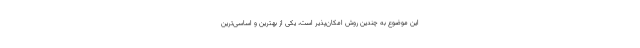
این موضوع به چندین روش‌ امکان‌پذیر است، یکی از بهترین و اساسی‌ترین